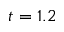
t = 1 . 2